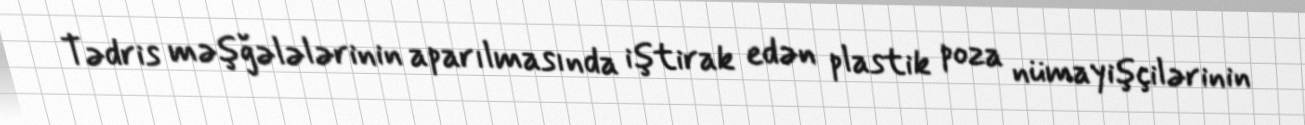
Tədris məşğələlərinin aparılmasında iştirak edən plastik poza nümayişçilərinin